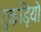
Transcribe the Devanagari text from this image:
टुकड़ियो